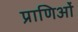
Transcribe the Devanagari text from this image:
प्राणिओं